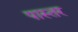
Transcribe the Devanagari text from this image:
पास्तर